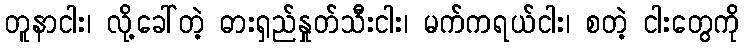
တူနာငါး၊ လို့ခေါ်တဲ့ ဓားရှည်နှုတ်သီးငါး၊ မက်ကရယ်ငါး၊ စတဲ့ ငါးတွေကို